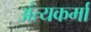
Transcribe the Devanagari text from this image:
अंत्यकर्मा